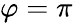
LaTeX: \varphi=\pi